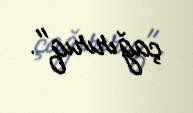
çağırırıq".